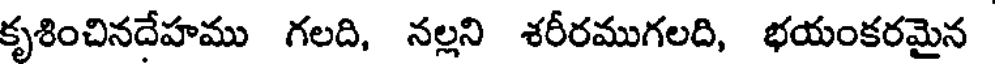
కృశించినదేహము గలది, నల్లని శరీరముగలది, భయంకరమైన